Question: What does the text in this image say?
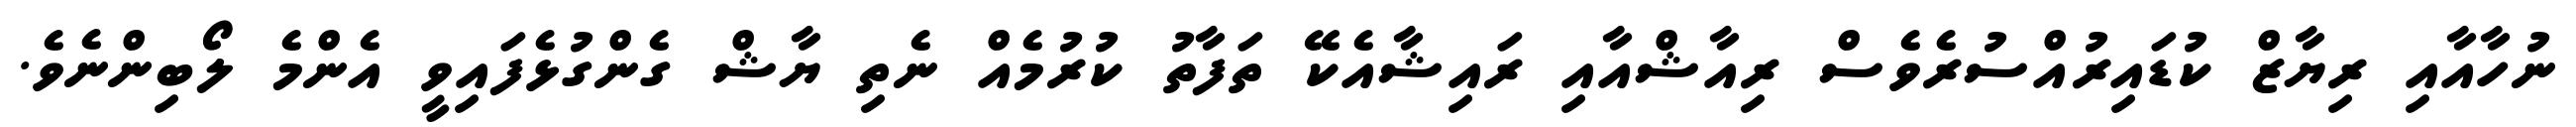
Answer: ނުހާއާއި ރިޔާޒް ކުޑައިރުއްސުރެވެސް ރިއާޝްއާއި ރައިޝާއެކޭ ތަފާތު ކުރުމެއް ނެތި ޔާޝް ގެންގުޅެފައިވީ އެންމެ ލޯބިންނެވެ.